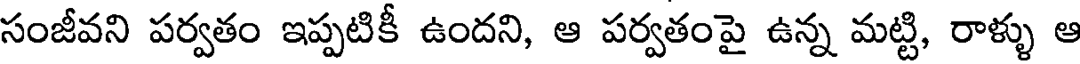
సంజీవని పర్వతం ఇప్పటికీ ఉందని, ఆ పర్వతంపై ఉన్న మట్టి, రాళ్ళు ఆ